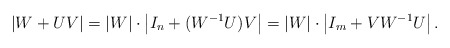
\begin{align*}\left|W+UV\right|=\left|W\right|\cdot\left|I_{n}+(W^{-1}U)V\right|=\left|W\right|\cdot\left|I_{m}+VW^{-1}U\right|.\end{align*}